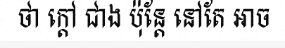
ថា ក្តៅ ជាង ប៉ុន្តែ នៅតែ អាច